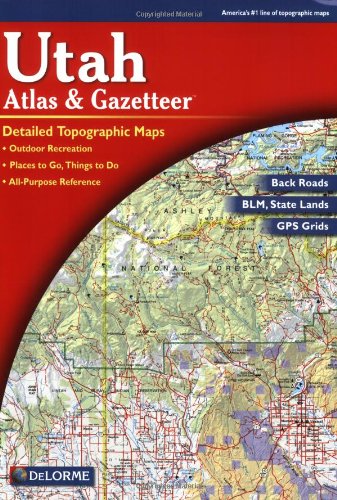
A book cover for Utah Atlas & Gazetteer (6th Edition); DeLorme; Reference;